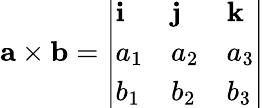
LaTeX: \mathbf{a\times b}={\left|\begin{array}{lll}{\mathbf{i}}&{\mathbf{j}}&{\mathbf{k}}\\ {a_{1}}&{a_{2}}&{a_{3}}\\ {b_{1}}&{b_{2}}&{b_{3}}\end{array}\right|}